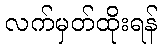
လက်မှတ်ထိုးရန်